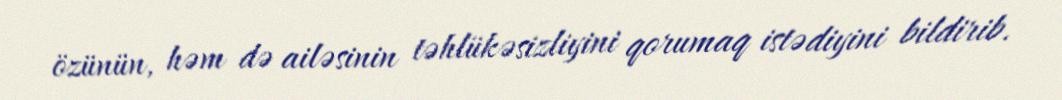
özünün, həm də ailəsinin təhlükəsizliyini qorumaq istədiyini bildirib.